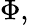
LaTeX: \Phi,